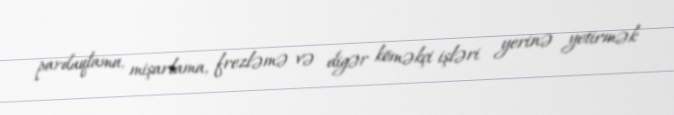
pardaqlama, mişarlama, frezləmə və digər köməkçi işləri yerinə yetirmək